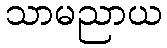
သာမညာယ